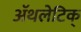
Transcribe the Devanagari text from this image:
अॅथलेटिक्